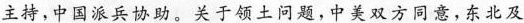
主持，中国派兵协助。关于领土问题，中美双方同意，东北及